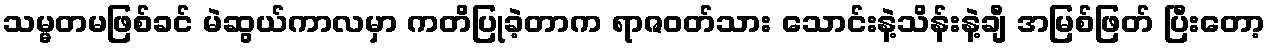
သမ္မတမဖြစ်ခင် မဲဆွယ်ကာလမှာ ကတိပြုခဲ့တာက ရာဇဝတ်သား သောင်းနဲ့သိန်းနဲ့ချီ အမြစ်ဖြတ် ပြီးတော့